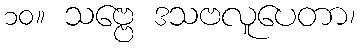
၁၀။ သဗ္ဗေ ဒသဗလူပေတာ၊